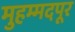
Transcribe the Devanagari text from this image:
मुहम्मदपूर